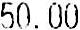
50.00